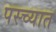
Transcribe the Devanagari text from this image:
पस्च्यात